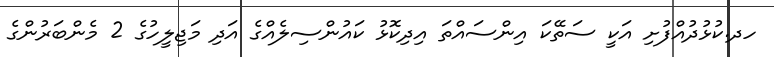
ހދ.ކުޅުދުއްފުށި އަކީ ސަތޭކަ އިންސައްތަ އިދިކޮޅު ކައުންސިލެއްގެ އަދި މަޖިލީހުގެ 2 މެންބަރުންގެ